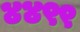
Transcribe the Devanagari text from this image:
४४९९